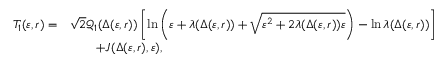
\begin{array} { r l } { T _ { 1 } ( \varepsilon , r ) = } & { \sqrt 2 \mathcal { Q } _ { 1 } ( \Delta ( \varepsilon , r ) ) \left[ \ln \left( \varepsilon + \lambda ( \Delta ( \varepsilon , r ) ) + \sqrt { \varepsilon ^ { 2 } + 2 \lambda ( \Delta ( \varepsilon , r ) ) \varepsilon } \right) - \ln \lambda ( \Delta ( \varepsilon , r ) ) \right] } \\ & { \qquad + J ( \Delta ( \varepsilon , r ) , \varepsilon ) , } \end{array}